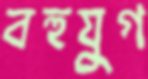
বহুযুগ